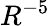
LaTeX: R^{-5}